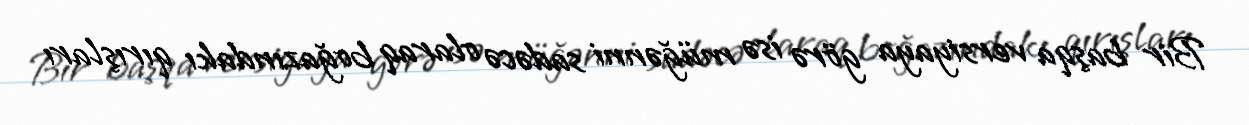
Bir başqa versiyaya görə isə müğənni sadəcə olaraq boğazındakı qırışları